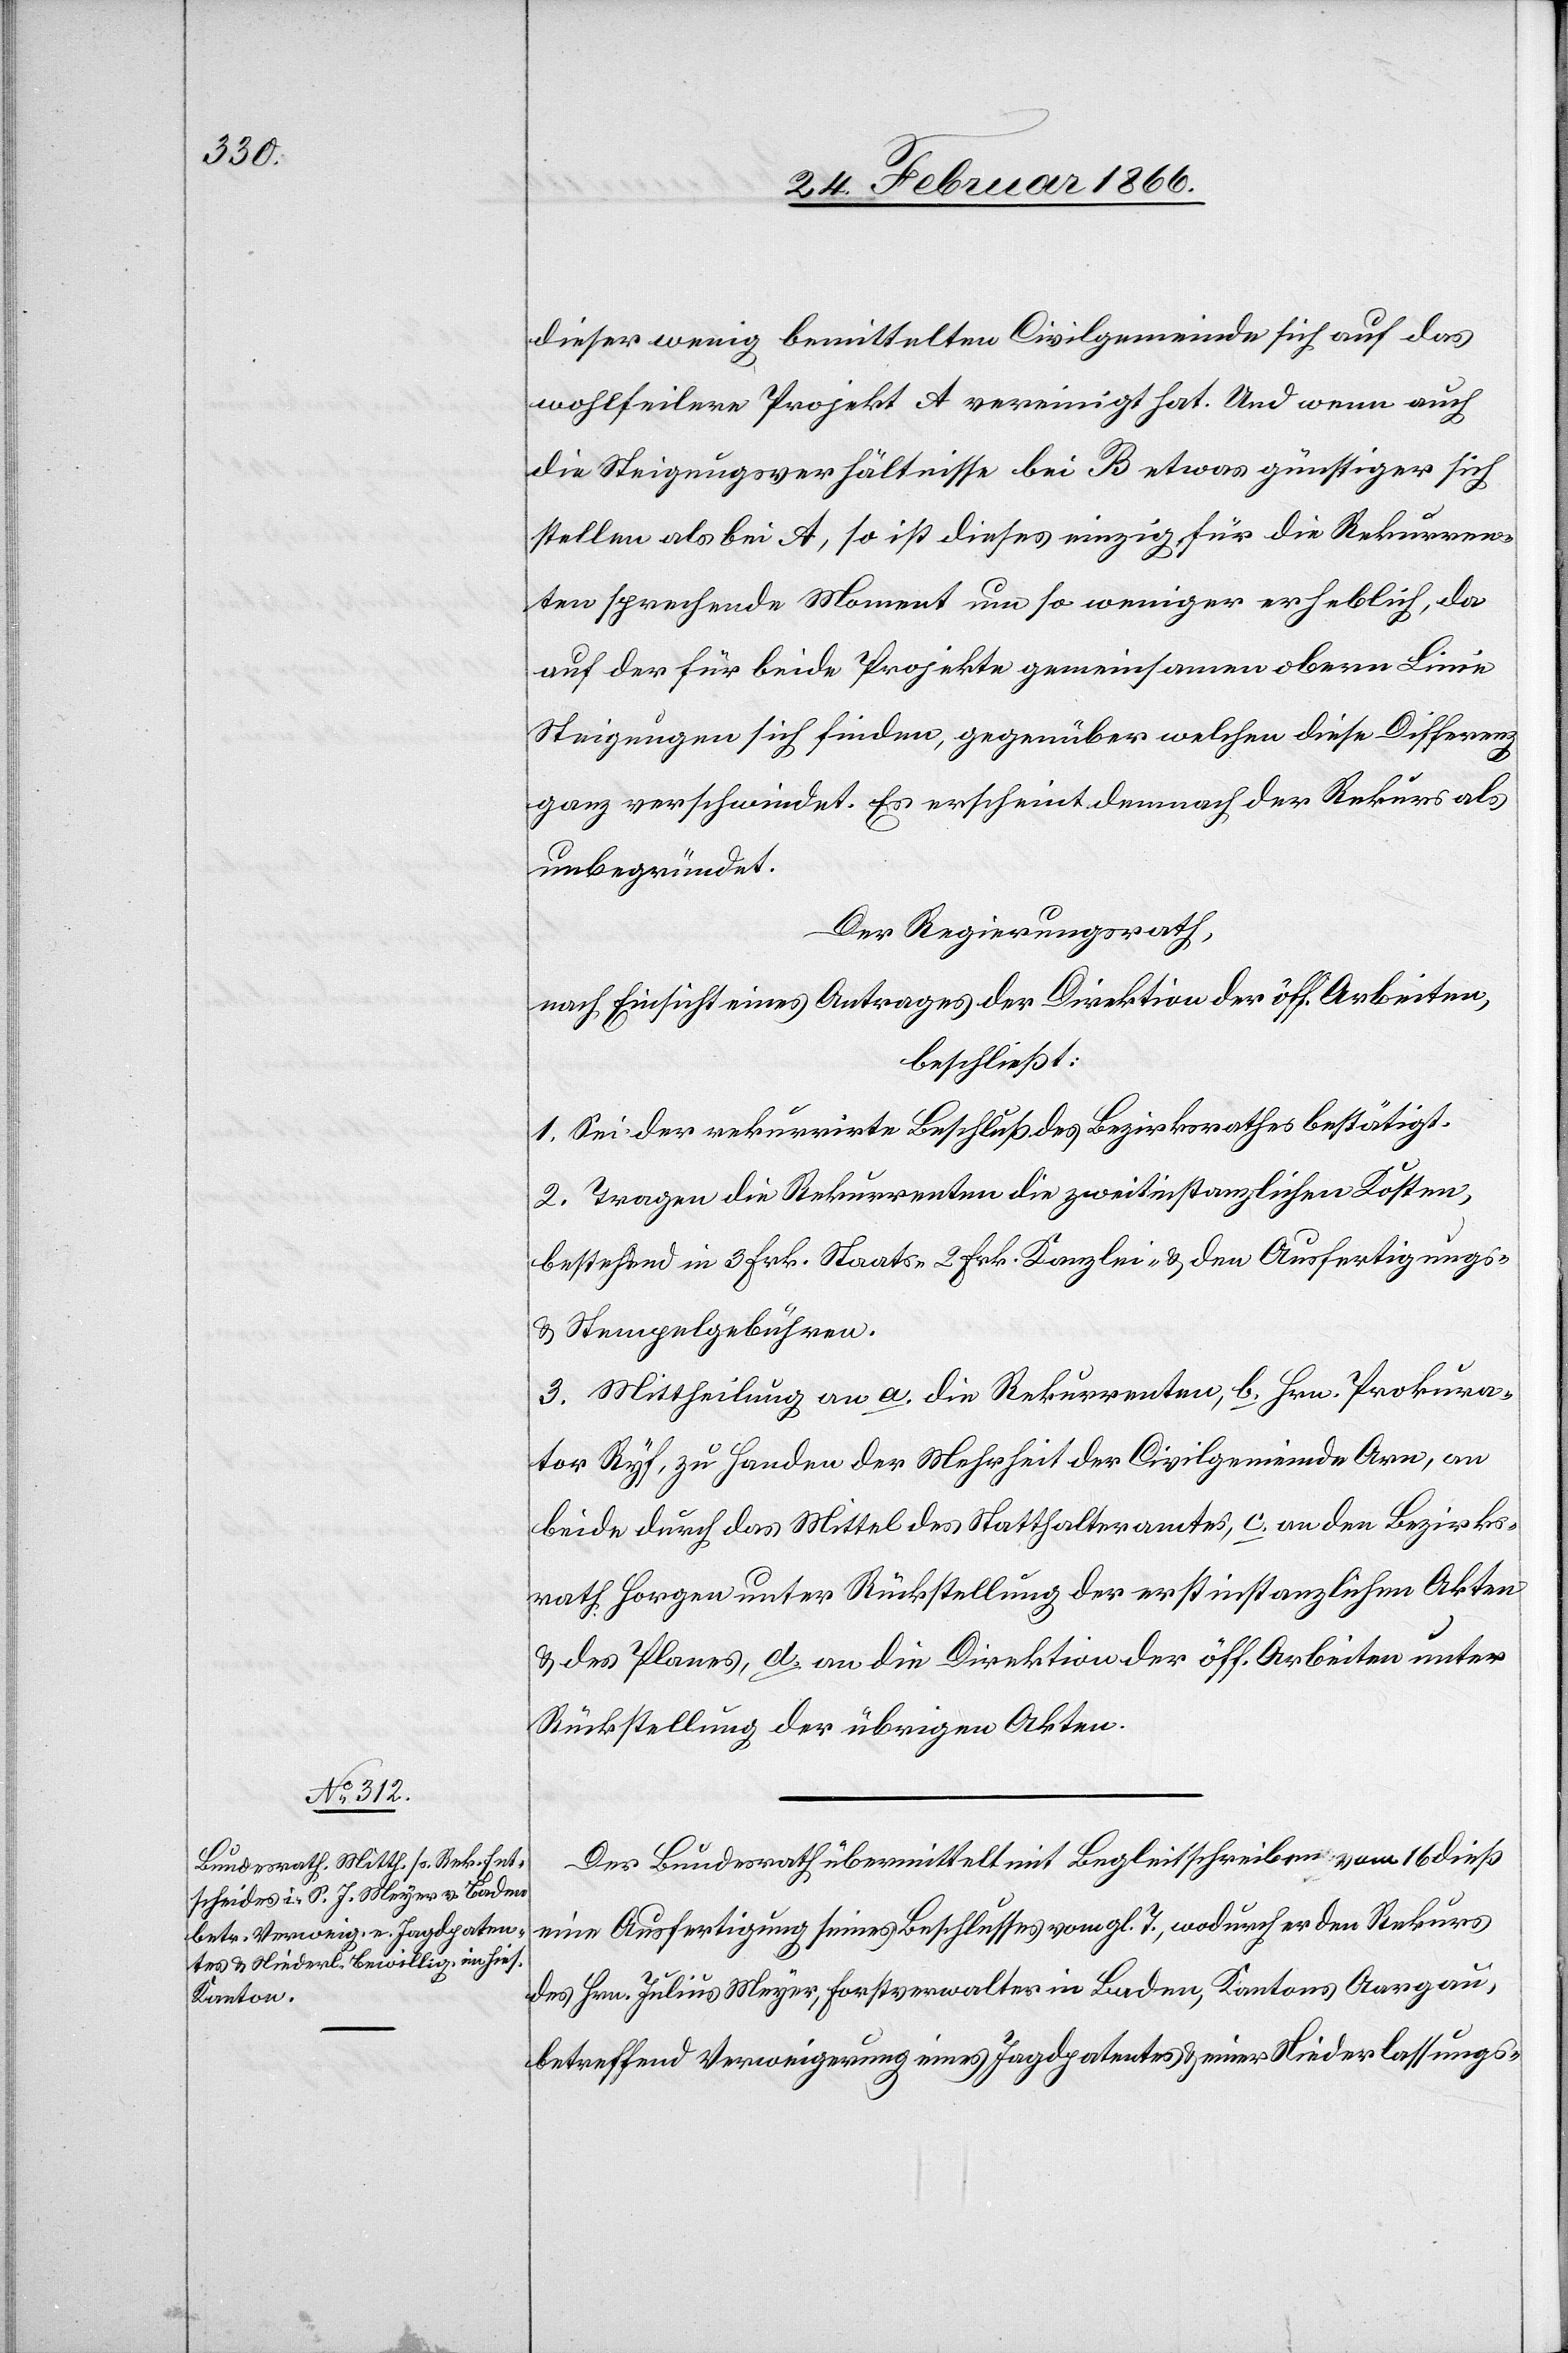
dieser wenig bemittelten Civilgemeinde sich auf das
wohlfeilere Projekt A vereinigt hat. Und wenn auch
die Steigungsverhältnisse bei B etwas günstiger sich
stellen als bei A, so ist dieses einzig für die Rekurren¬
ten sprechende Moment um so weniger erheblich, da
auf der für beide Projekte gemeinsamen obern Linie
Steigungen sich finden, gegenüber welchen diese Differenz
ganz verschwindet. Es erscheint demnach der Rekurs als
unbegründet.
Der Regierungsrath,
nach Einsicht eines Antrages der Direktion der öff. Arbeiten,
beschließt:
1. Sei der rekurrirte Beschluß des Bezirksrathes bestätigt.
2. Tragen die Rekurrenten die zweitinstanzlichen Kosten,
bestehend in 3 Frk. Staats-[,] 2 Frk. Kanzlei- u. den Ausfertigungs-
u. Stempelgebühren.
3. Mittheilung an a. die Rekurrenten, b. Hrn. Prokura¬
tor Ryf, zu Handen der Mehrheit der Civilgemeinde Arn, an
beide durch das Mittel des Statthalteramtes, c. an den Bezirks¬
rath Horgen unter Rückstellung der erstinstanzlichen Akten
u. des Planes, d. an die Direktion der öff. Arbeiten unter
Rückstellung der übrigen Akten.
Der Bundesrath übermittelt mit Begleitschreiben vom 16 dieß
eine Ausfertigung seines Beschlusses vom gl. T., wodurch er den Rekurs
des Hrn. Julius Meyer, Forstverwalter in Baden, Kantons Aargau,
betreffend Verweigerung eines Jagdpatentes u. einer Niederlassungs-